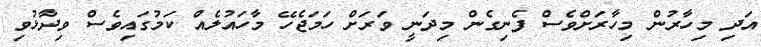
އަދި މިހާރުން މިހާރަށްވެސް ފެނިގެން މިދަނީ ވަރަށް ހަމަޖެހޭ މާހައުލެއް ކަަމުގައިވެސް ވިދާޅުވި